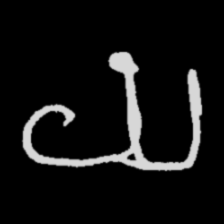
Pyu character \u2014 Myanmar letter: ယ (romanized: ya)